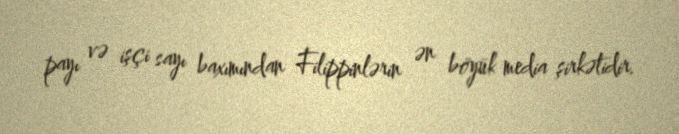
payı və işçi sayı baxımından Filippinlərin ən böyük media şirkətidir.